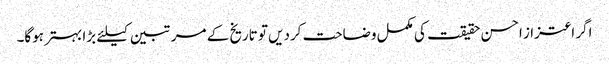
اگر اعتزاز احسن حقیقت کی مکمل وضاحت کردیں تو تاریخ کے مرتبین کیلئے بڑا بہتر ہوگا۔